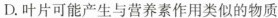
D.叶片可能产生与营养素作用类似的物质